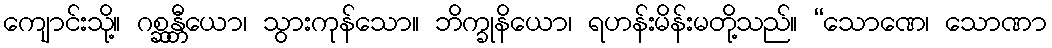
ကျောင်းသို့။ ဂစ္ဆန္တီယော၊ သွားကုန်သော။ ဘိက္ခုနိယော၊ ရဟန်းမိန်းမတို့သည်။ “သောဏေ၊ သောဏာ